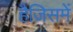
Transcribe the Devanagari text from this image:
हैजिसमें